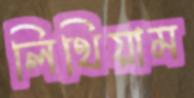
লিথিয়াম